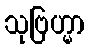
သုဗြဟ္မာ